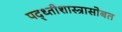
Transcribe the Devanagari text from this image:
पद्ध्तीशास्त्रासोबत